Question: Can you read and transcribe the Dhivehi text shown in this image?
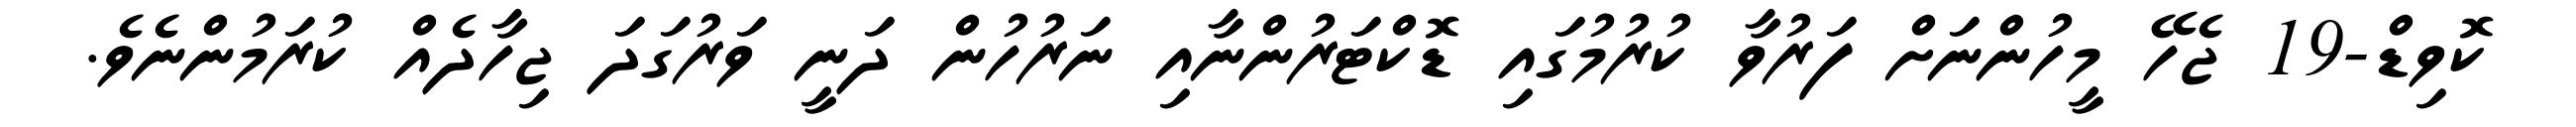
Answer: ކޮވިޑް-19 ޖެހޭ މީހުންނަށް ފަރުވާ ކުރުމުގައި ޑޮކްޓަރުންނާއި ނަރުހުން ދަނީ ވަރުގަދަ ޖިހާދެއް ކުރަމުންނެވެ.